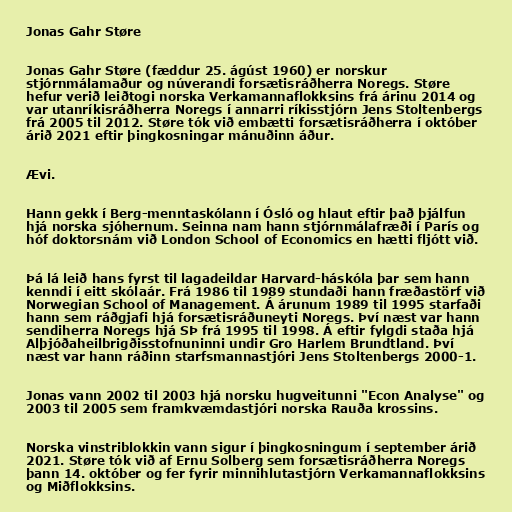
Jonas Gahr Støre

Jonas Gahr Støre (fæddur 25. ágúst 1960) er norskur
stjórnmálamaður og núverandi forsætisráðherra Noregs. Støre
hefur verið leiðtogi norska Verkamannaflokksins frá árinu 2014 og
var utanríkisráðherra Noregs í annarri ríkisstjórn Jens Stoltenbergs
frá 2005 til 2012. Støre tók við embætti forsætisráðherra í október
árið 2021 eftir þingkosningar mánuðinn áður.

Ævi.

Hann gekk í Berg-menntaskólann í Ósló og hlaut eftir það þjálfun
hjá norska sjóhernum. Seinna nam hann stjórnmálafræði í París og
hóf doktorsnám við London School of Economics en hætti fljótt við.

Þá lá leið hans fyrst til lagadeildar Harvard-háskóla þar sem hann
kenndi í eitt skólaár. Frá 1986 til 1989 stundaði hann fræðastörf við
Norwegian School of Management. Á árunum 1989 til 1995 starfaði
hann sem ráðgjafi hjá forsætisráðuneyti Noregs. Því næst var hann
sendiherra Noregs hjá SÞ frá 1995 til 1998. Á eftir fylgdi staða hjá
Alþjóðaheilbrigðisstofnuninni undir Gro Harlem Brundtland. Því
næst var hann ráðinn starfsmannastjóri Jens Stoltenbergs 2000-1.

Jonas vann 2002 til 2003 hjá norsku hugveitunni "Econ Analyse" og
2003 til 2005 sem framkvæmdastjóri norska Rauða krossins.

Norska vinstriblokkin vann sigur í þingkosningum í september árið
2021. Støre tók við af Ernu Solberg sem forsætisráðherra Noregs
þann 14. október og fer fyrir minnihlutastjórn Verkamannaflokksins
og Miðflokksins.